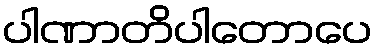
ပါဏာတိပါတောပေ